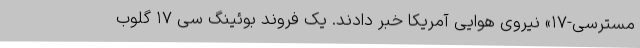
مسترسی-۱۷» نیروی هوایی آمریکا خبر دادند. یک فروند بوئینگ سی ۱۷ گلوب